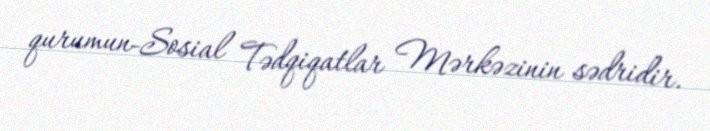
qurumun-Sosial Tədqiqatlar Mərkəzinin sədridir.